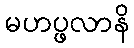
မဟပ္ဖလာနိ